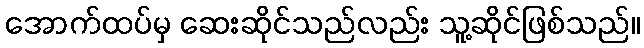
အောက်ထပ်မှ ဆေးဆိုင်သည်လည်း သူ့ဆိုင်ဖြစ်သည်။